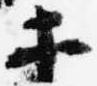
等